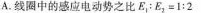
A. 线圈中的感应电动势之比$$ E_{1} ：E_{2} =1:2$$